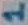
Text: 1